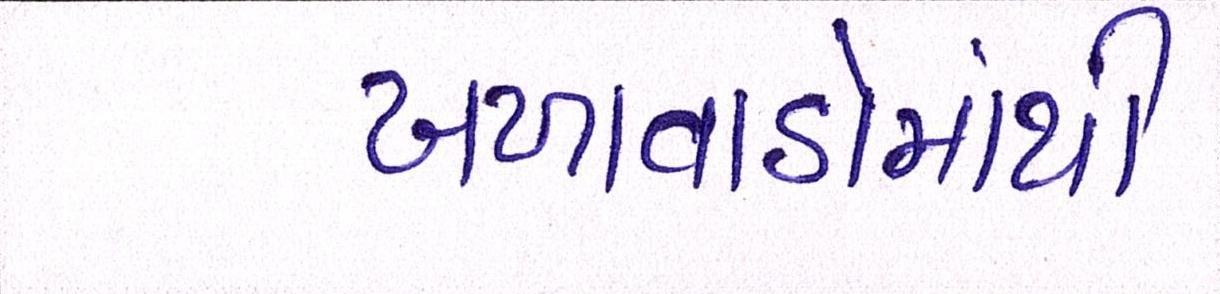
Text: ખળાવાડોમાંથી